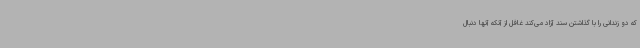
که دو زندانی را با گذاشتن سند آزاد می‌کند غافل از آنکه آنها دنبال